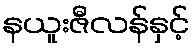
နယူးဇီလန်နှင့်